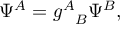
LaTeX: \Psi ^ { A } = { g ^ { A } } _ { B } \Psi ^ { B } ,